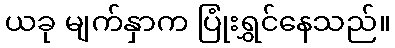
ယခု မျက်နှာက ပြုံးရွှင်နေသည်။